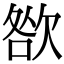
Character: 㰶